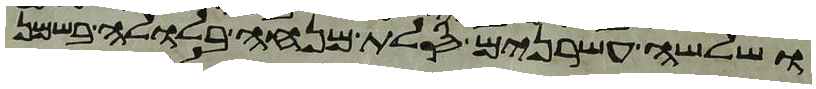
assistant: ושלשה עשרנים סלת מנחה בלולה בשמן